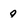
Character: 9